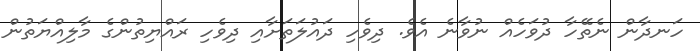
ހަނދާން ނެތޭހާ ދުވަހެއް ނުވާނެ އެވެ. ދިވެހި ދައުލަތަށާއި ދިވެހި ރައްޔިތުންގެ މާލިއްޔަތުން